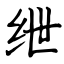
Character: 绁